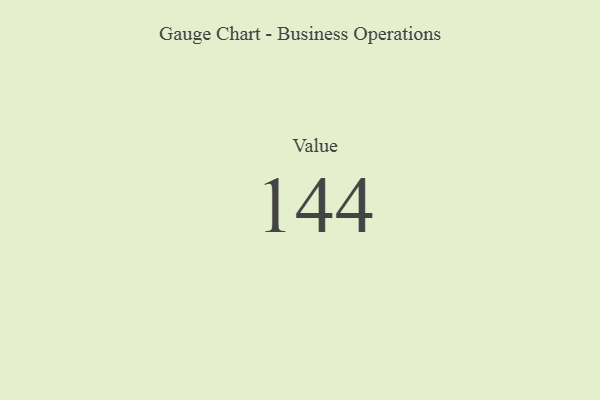
{"axis": {"x": "Metric", "y": "Value"}, "legend": [""], "data": [{"x": "Value", "y": 144, "type": ""}]}